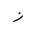
Letter: _zay